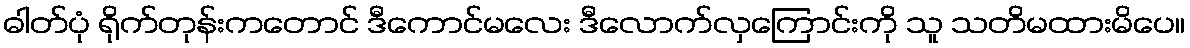
ဓါတ်ပုံ ရိုက်တုန်းကတောင် ဒီကောင်မလေး ဒီလောက်လှကြောင်းကို သူ သတိမထားမိပေ။